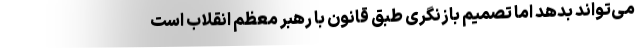
می‌تواند بدهد اما تصمیم بازنگری طبق قانون با رهبر معظم انقلاب است